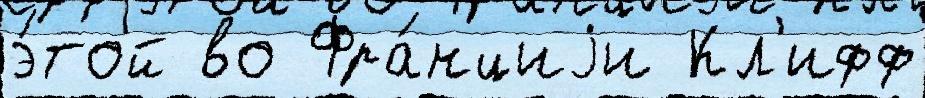
э́той во Фра́нциjи Кл'ифф